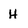
Character: H